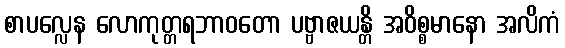
စာပလ္လေန လောကုတ္တရဘာဝတော ပဗ္ဗာဇယန္တိ အဝိစ္စမာနော အလိကံ